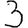
Digit: 3